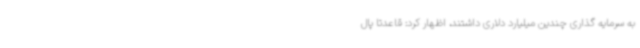
به سرمایه گذاری چندین میلیارد دلاری داشتند، اظهار کرد: قاعدتا پال